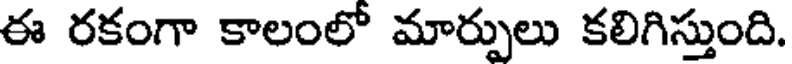
ఈ రకంగా కాలంలో మార్పులు కలిగిస్తుంది.